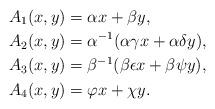
LaTeX: \begin{align*}&A_1(x,y)=\alpha x+\beta y,\\&A_2(x,y)=\alpha^{-1}(\alpha \gamma x+\alpha \delta y),\\&A_3(x,y)=\beta^{-1}(\beta \epsilon x+\beta \psi y),\\&A_4(x,y)=\varphi x+\chi y.\end{align*}